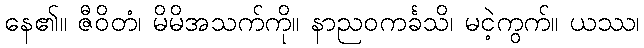
နေ၏။ ဇီဝိတံ၊ မိမိအသက်ကို။ နာညဝကင်္ခသိ၊ မငဲ့ကွက်။ ယဿ၊